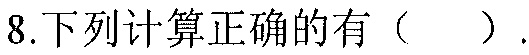
8.下列计算正确的有（  ）.